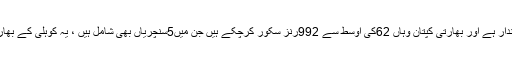
یاد رہے کہ ویرات کوہلی کا آسٹریلیوی سر زمین پر ریکارڈ بہت شاندار ہے اور بھارتی کپتان وہاں 62کی اوسط سے 992رنز سکور کرچکے ہیں جن میں5سنچریاں بھی شامل ہیں ، یہ کوہلی کے بھارت کے بعد کسی اور ملک میں بنائے گئے سب سے زیادہ رنز ہیں ۔